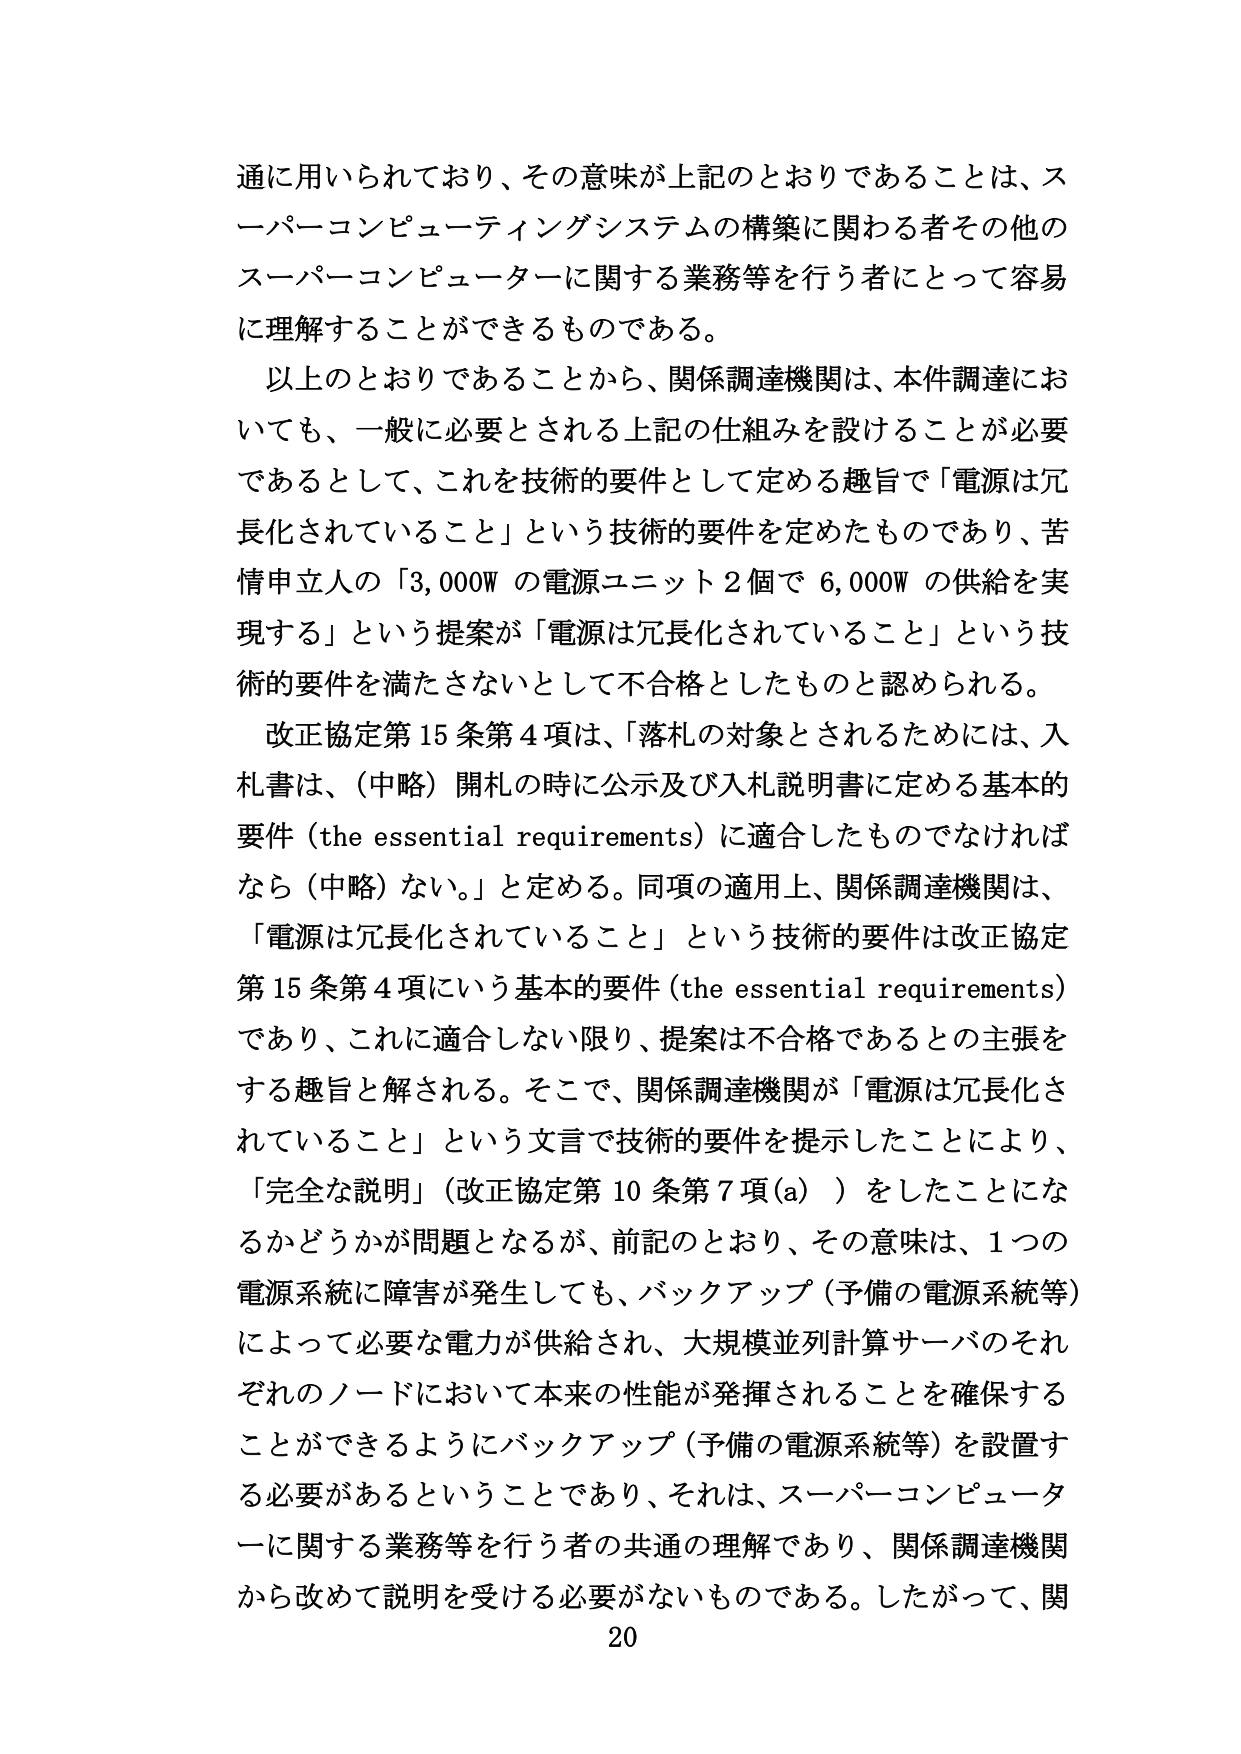
通に用いられており、その意味が上記のとおりであることは、スーパーコンピューティングシステムの構築に関わる者その他のスーパーコンピューターに関する業務等を行う者にとって容易に理解することができるものである。

以上のことおりであることから、関係調達機関は、本件調達においても、一般に必要とされる上記の仕組みを設けることが必要であるとして、これを技術的要件として定める趣旨で「電源は冗長化されていること」という技術的要件を定めたものであり、苦情申立人の「3,000W の電源ユニット 2 個で 6,000W の供給を実現する」という提案が「電源は冗長化されていること」という技術的要件を満たさないとして不合格としたものと認められる。

改正協定第15条第4項は、「落札の対象とされるためには、入札書は、（中略）開札の時に公示及び入札説明書に定める基本的要件（the essential requirements）に適合したものでなければなら（中略）ない。」と定める。同項の適用上、関係調達機関は、「電源は冗長化されていること」という技術的要件は改正協定第15条第4項にいう基本的要件（the essential requirements）であり、これに適合しない限り、提案は不合格であるとの主張をする趣旨と解される。そこで、関係調達機関が「電源は冗長化されていること」という文言で技術的要件を提示したことにより、「完全な説明」（改正協定第10条第7項(a)）をしたことになるかどうかが問題となるが、前記のとおり、その意味は、1つの電源系統に障害が発生しても、バックアップ（予備の電源系統等）によって必要な電力が供給され、大規模並列計算サーバのそれぞれのノードにおいて本来の性能が発揮されることを確保することができるようバックアップ（予備の電源系統等）を設置する必要があるということであり、それは、スーパーコンピューターに関する業務等を行う者の共通の理解であり、関係調達機関から改めて説明を受ける必要がないものである。したがって、関

20